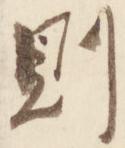
則